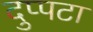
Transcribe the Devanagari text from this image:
दुप्पटा